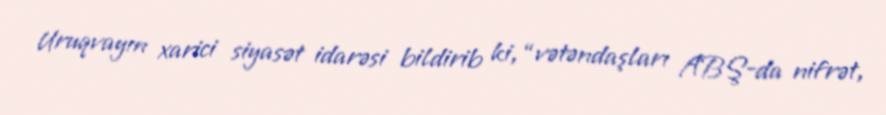
Uruqvayın xarici siyasət idarəsi bildirib ki, “vətəndaşları ABŞ-da nifrət,